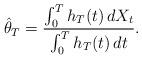
LaTeX: \begin{align*}\hat\theta_T = \frac{\int_0^T h_T(t) \, dX_t}{\int_0^T h_T(t) \, dt} .\end{align*}